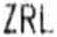
ZRL